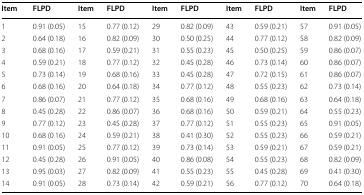
<table><thead><tr><td><b>Item</b></td><td><b>FLPD</b></td><td><b>Item</b></td><td><b>FLPD</b></td><td><b>Item</b></td><td><b>FLPD</b></td><td><b>Item</b></td><td><b>FLPD</b></td><td><b>Item</b></td><td><b>FLPD</b></td></tr></thead><tbody><tr><td>1</td><td>0.91 (0.05)</td><td>15</td><td>0.77 (0.12)</td><td>29</td><td>0.82 (0.09)</td><td>43</td><td>0.59 (0.21)</td><td>57</td><td>0.91 (0.05)</td></tr><tr><td>2</td><td>0.64 (0.18)</td><td>16</td><td>0.82 (0.09)</td><td>30</td><td>0.50 (0.25)</td><td>44</td><td>0.77 (0.12)</td><td>58</td><td>0.82 (0.09)</td></tr><tr><td>3</td><td>0.68 (0.16)</td><td>17</td><td>0.59 (0.21)</td><td>31</td><td>0.55 (0.23)</td><td>45</td><td>0.50 (0.25)</td><td>59</td><td>0.86 (0.07)</td></tr><tr><td>4</td><td>0.59 (0.21)</td><td>18</td><td>0.77 (0.12)</td><td>32</td><td>0.45 (0.28)</td><td>46</td><td>0.73 (0.14)</td><td>60</td><td>0.86 (0.07)</td></tr><tr><td>5</td><td>0.73 (0.14)</td><td>19</td><td>0.68 (0.16)</td><td>33</td><td>0.45 (0.28)</td><td>47</td><td>0.72 (0.15)</td><td>61</td><td>0.86 (0.07)</td></tr><tr><td>6</td><td>0.68 (0.16)</td><td>20</td><td>0.64 (0.18)</td><td>34</td><td>0.77 (0.12)</td><td>48</td><td>0.55 (0.23)</td><td>62</td><td>0.73 (0.14)</td></tr><tr><td>7</td><td>0.86 (0.07)</td><td>21</td><td>0.77 (0.12)</td><td>35</td><td>0.68 (0.16)</td><td>49</td><td>0.68 (0.16)</td><td>63</td><td>0.64 (0.18)</td></tr><tr><td>8</td><td>0.45 (0.28)</td><td>22</td><td>0.86 (0.07)</td><td>36</td><td>0.68 (0.16)</td><td>50</td><td>0.59 (0.21)</td><td>64</td><td>0.55 (0.23)</td></tr><tr><td>9</td><td>0.77 (0.12)</td><td>23</td><td>0.45 (0.28)</td><td>37</td><td>0.77 (0.12)</td><td>51</td><td>0.55 (0.23)</td><td>65</td><td>0.91 (0.05)</td></tr><tr><td>10</td><td>0.68 (0.16)</td><td>24</td><td>0.59 (0.21)</td><td>38</td><td>0.41 (0.30)</td><td>52</td><td>0.55 (0.23)</td><td>66</td><td>0.59 (0.21)</td></tr><tr><td>11</td><td>0.91 (0.05)</td><td>25</td><td>0.77 (0.12)</td><td>39</td><td>0.73 (0.14)</td><td>53</td><td>0.59 (0.21)</td><td>67</td><td>0.59 (0.21)</td></tr><tr><td>12</td><td>0.45 (0.28)</td><td>26</td><td>0.91 (0.05)</td><td>40</td><td>0.86 (0.08)</td><td>54</td><td>0.55 (0.23)</td><td>68</td><td>0.82 (0.09)</td></tr><tr><td>13</td><td>0.95 (0.03)</td><td>27</td><td>0.82 (0.09)</td><td>41</td><td>0.55 (0.23)</td><td>55</td><td>0.45 (0.28)</td><td>69</td><td>0.41 (0.30)</td></tr><tr><td>14</td><td>0.91 (0.05)</td><td>28</td><td>0.73 (0.14)</td><td>42</td><td>0.59 (0.21)</td><td>56</td><td>0.77 (0.12)</td><td>70</td><td>0.64 (0.18)</td></tr></tbody></table>